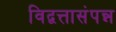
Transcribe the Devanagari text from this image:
विद्वत्तासंपन्न